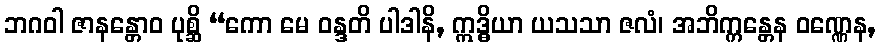
ဘဂဝါ ဇာနန္တောဝ ပုစ္ဆိ “ကော မေ ဝန္ဒတိ ပါဒါနိ, ဣဒ္ဓိယာ ယသသာ ဇလံ၊ အဘိက္ကန္တေန ဝဏ္ဏေန,